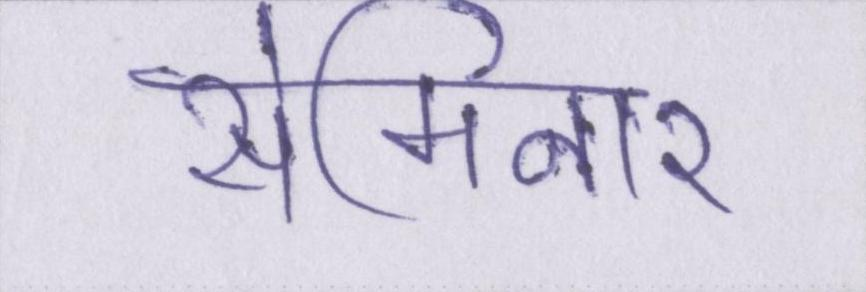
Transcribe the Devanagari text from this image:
सेमिनार